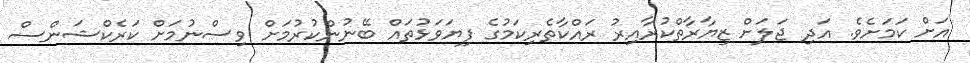
އަށް ކަމަށެވެ. އަދި ޖަލަށް ޒިޔާރާތްކުރާއިރު ރައްކާތެރިކަމުގެ ފިޔަވަޅުތައް ބޭނުންކުރުމަށް ވިސްނުމަށް ކަރެކްޝަންސް